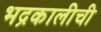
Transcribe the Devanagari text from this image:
भद्रकालीची